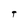
Character: T